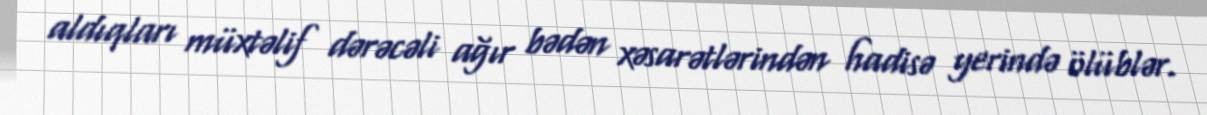
aldıqları müxtəlif dərəcəli ağır bədən xəsarətlərindən hadisə yerində ölüblər.